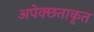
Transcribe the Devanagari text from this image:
अपेक्छताकृत